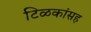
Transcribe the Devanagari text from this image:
टिळकांसह